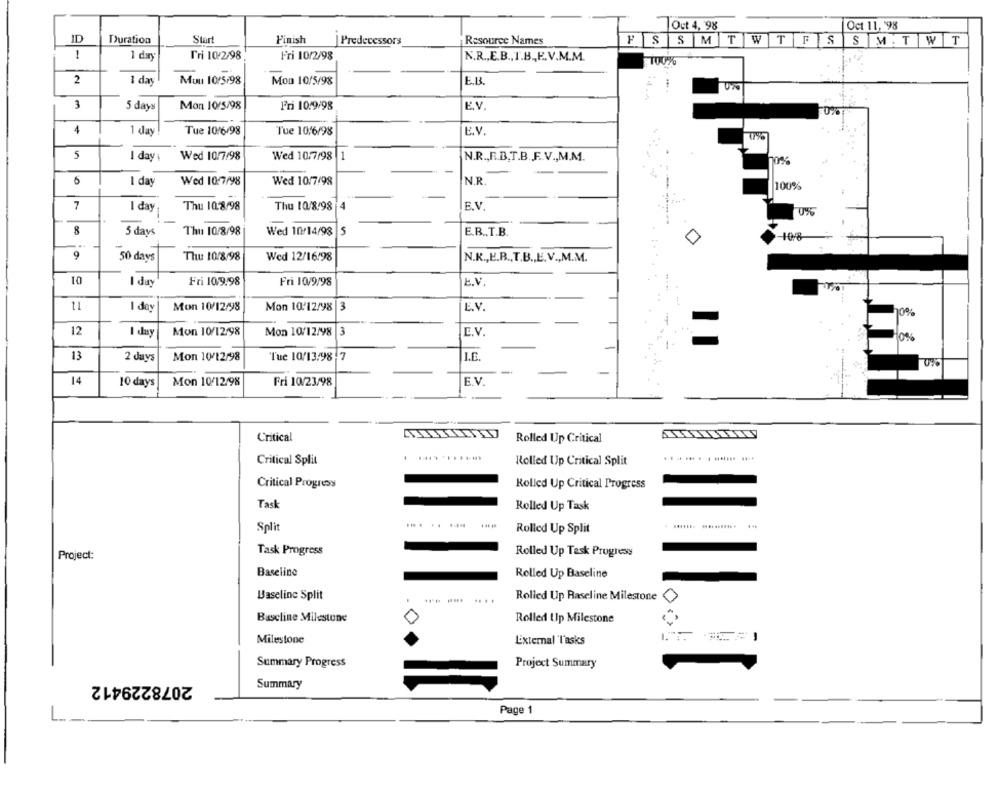
Oct 4, 98
Oct 11, 198
ID
Duration
Start
Finish
|Predecessors
Resource Names
S SMTWTFS
SM TWT
1
Tri 10/2/98
Fri 10/2/98
1 day
N.R ., E.B ., I.B ., E.V.M.M.
2
E.B.
1 day
Muu 10/5/98
Mon 10/5/98
3
5 days
Mon 10/5/98
Fri 10/9/98
E.V
4
1 day
Tue 10/6/98
Tue 10/6/98
E.V.
0%
5
I day
Wed 10/7/98
Wed 10.7/98
N.R ., F.B.T.B.F .. V ., M.M.
I day
Wed 10/7/98
Wed 10/7/98
N.R.
100%
7
Thu 10/8/98 4
E.V.
I day
Thu 108/98
8
5 days
Thu 10/8/98
Wed 10/14/98
5
E.B ., T.B.
108
9
50 days
Thu 10/8/98
Wed 12/16/98
N.K ., E.B ., T.B ., E.V ., M.M.
10
I day
Fri 109/98
Fri 10/9/98
E.V.
1 day
Mon 10/12/98
Mon 10/12/98 |3
E.V.
70%
12
Mon 10/12/98
Mon 10/12/98
3
E.V.
I day
10%
13
Mon 10/12/98
Tue 10/13:98 7
I.E.
2 days
-
14
10 days
Mon 10/12/98
Fri 10/23/98
E.V.
Critical
Rolled Up Critical
. ...........
.. .. .. . . ...... ...
Critical Split
Rolled Up Critical Split
Critical Progress
Rolled Up Critical Progress
Task
Rolled Up Task
....
Split
Rolled Up Split
Task Progress
Rolled Up Task Progresy
Project:
Baseline
Rolled Up Baseline
Baseline Split
....
Rolled Up Raseline Milestone
Baseline Milestone
Rolled Up Milestone
Milestone
External 'l'asks
Summary Progress
Project Summary
2078229412
Summary
Page 1